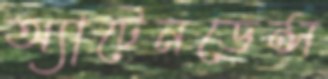
অ্যাটেনডেন্স